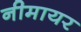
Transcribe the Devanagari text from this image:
नीमायर